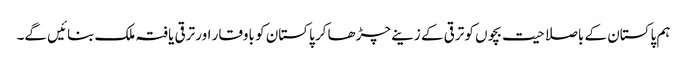
ہم پاکستان کے باصلاحیت بچوں کو ترقی کے زینے چڑھا کر پاکستان کو باوقار اور ترقی یافتہ ملک بنائیں گے۔